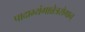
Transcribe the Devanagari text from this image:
पादाभ्यंगान्नेत्ररोगान्